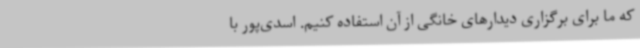
که ما برای برگزاری دیدارهای خانگی از آن استفاده کنیم. اسدی‌پور با